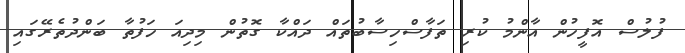
ފުލުސް އޮފީހުން އާންމު ކުރި ތަފާސްހިސާބުތައް ދައްކާ ގޮތުން މިދިއަ ހަފުތާ ބަންދުތެރޭގަަައި